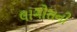
લાગોસની